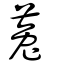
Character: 菟